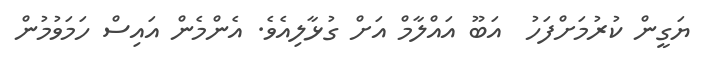
ޔަގީން ކުރުމަށްފަހު  އަބޫ އައްލާމް އަށް ގުޅާލިއެވެ. އެންމެން އައިސް ހަމަވުމުން